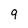
Character: 9